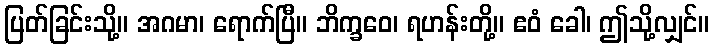
ပြတ်ခြင်းသို့။ အဂမာ၊ ရောက်ပြီ။ ဘိက္ခဝေ၊ ရဟန်းတို့။ ဧဝံ ခေါ၊ ဤသို့လျှင်။